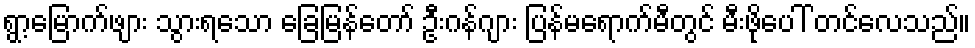
ရွာ့မြောက်ဖျား သွားရသော ခြေမြန်တော် ဦးဂန်ဂျား ပြန်မရောက်မီတွင် မီးဖိုပေါ် တင်လေသည်။